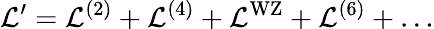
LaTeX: \mathcal{L}^{\prime}=\mathcal{L}^{(2)}+\mathcal{L}^{(4)}+\mathcal{L}^{\mathrm{WZ}}+\mathcal{L}^{(6)}+\ldots